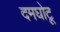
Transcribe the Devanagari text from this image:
दमघोटू